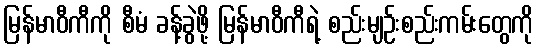
မြန်မာဝီကီကို စီမံ ခန့်ခွဲဖို့ မြန်မာဝီကီရဲ့ စည်းမျဉ်းစည်းကမ်းတွေကို